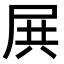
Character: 𡱒